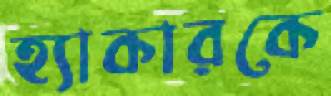
হ্যাকারকে